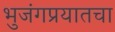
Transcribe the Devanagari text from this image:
भुजंगप्रयातचा